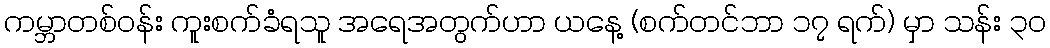
ကမ္ဘာတစ်ဝန်း ကူးစက်ခံရသူ အရေအတွက်ဟာ ယနေ့ (စက်တင်ဘာ ၁၇ ရက်) မှာ သန်း ၃၀